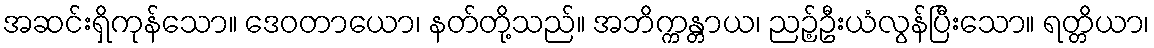
အဆင်းရှိကုန်သော။ ဒေဝတာယော၊ နတ်တို့သည်။ အဘိက္ကန္တာယ၊ ညဉ့်ဦးယံလွန်ပြီးသော။ ရတ္တိယာ၊